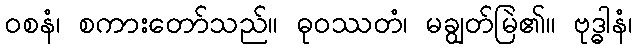
ဝစနံ၊ စကားတော်သည်။ ဓုဝဿတံ၊ မချွတ်မြဲ၏။ ဗုဒ္ဓါနံ၊